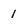
Character: 1